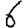
Digit: 6